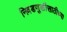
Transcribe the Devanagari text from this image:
निवडणुकीसाठीच्या